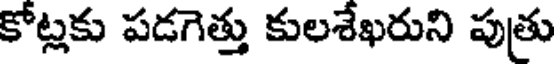
కోట్లకు పడగెత్తు కులశేఖరుని పుత్రు